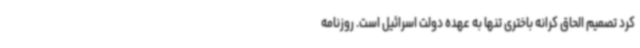
کرد تصمیم الحاق کرانه باختری تنها به عهده دولت اسرائیل است. روزنامه